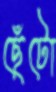
ছেঁটো